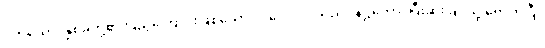
ဒုတိယော၊ နှစ်ခုတို့၏ ပြည့်ကြောင်းဖြစ်သော။ ဝဂ္ဂေါ၊ ဝဂ်သည်။ နိဋ္ဌိတော၊ ပြီးဆုံးခြင်သို့ ရောက်ပြီ။